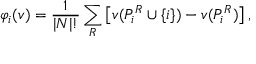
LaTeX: \varphi _ { i } ( v ) = { \frac { 1 } { | N | ! } } \sum _ { R } \left[ v ( P _ { i } ^ { R } \cup \left\{ i \right\} ) - v ( P _ { i } ^ { R } ) \right] ,